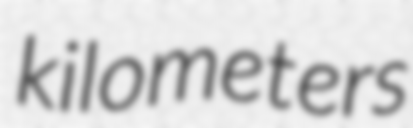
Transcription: kilometers